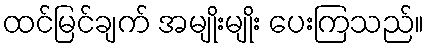
ထင်မြင်ချက် အမျိုးမျိုး ပေးကြသည်။